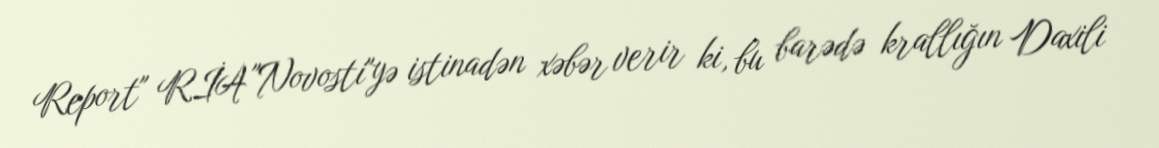
Report" RİA "Novosti"yə istinadən xəbər verir ki, bu barədə krallığın Daxili